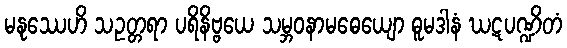
မနုဿေဟိ သဥတ္တရာ ပရိနိဗ္ဗယေ သမ္ဘဝနာမဓေယျော ဓူမဒါနံ ဃဋပဏ္ဍိတံ